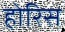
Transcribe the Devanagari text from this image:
होरिस